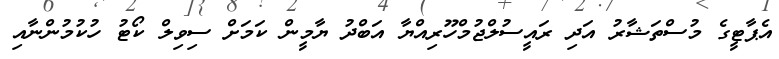
އެޕާޓީގެ މުސްތަޝާރު އަދި ރައީސުލްޖުމްހޫރިއްޔާ އަބްދު ޔާމީން ކަމަށް ސިވިލް ކޯޓު ހުކުމުންނާއި